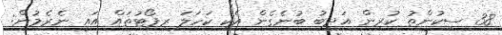
38 ސިކުންތު ކުރިން އަދީބު ބުނެގެން އެކި ކަހަލަ ރިޕޯޓުތައް އައީ ނެރެމުން: